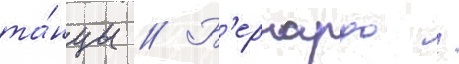
та́нцы // Б'ернардо /